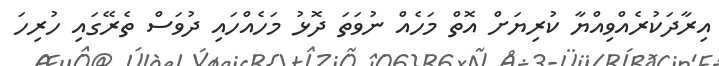
އިރާދަކުރެއްވިއްޔާ ކުރިޔަށް އޮތް މަހެއް ނުވަތަ ދޮޅު މަހެއްހައި ދުވަސް ތެރޭގައި ހުރިހަ